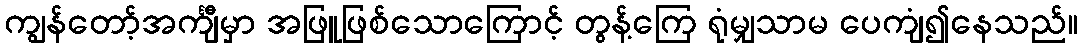
ကျွန်တော့်အင်္ကျီမှာ အဖြူဖြစ်သောကြောင့် တွန့်ကြေ ရုံမျှသာမ ပေကျံ၍နေသည်။